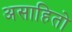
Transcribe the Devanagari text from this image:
असाहितो